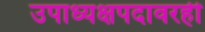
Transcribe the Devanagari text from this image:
उपाध्यक्षपदावरही